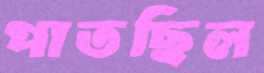
পাতছিল